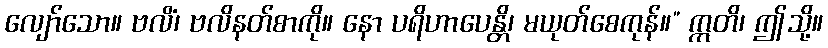
လျော်သော။ ဗလိံ၊ ဗလိနတ်စာကို။ နော ပရိဟာပေန္တိ၊ မယုတ်စေကုန်။” ဣတိ၊ ဤသို့။